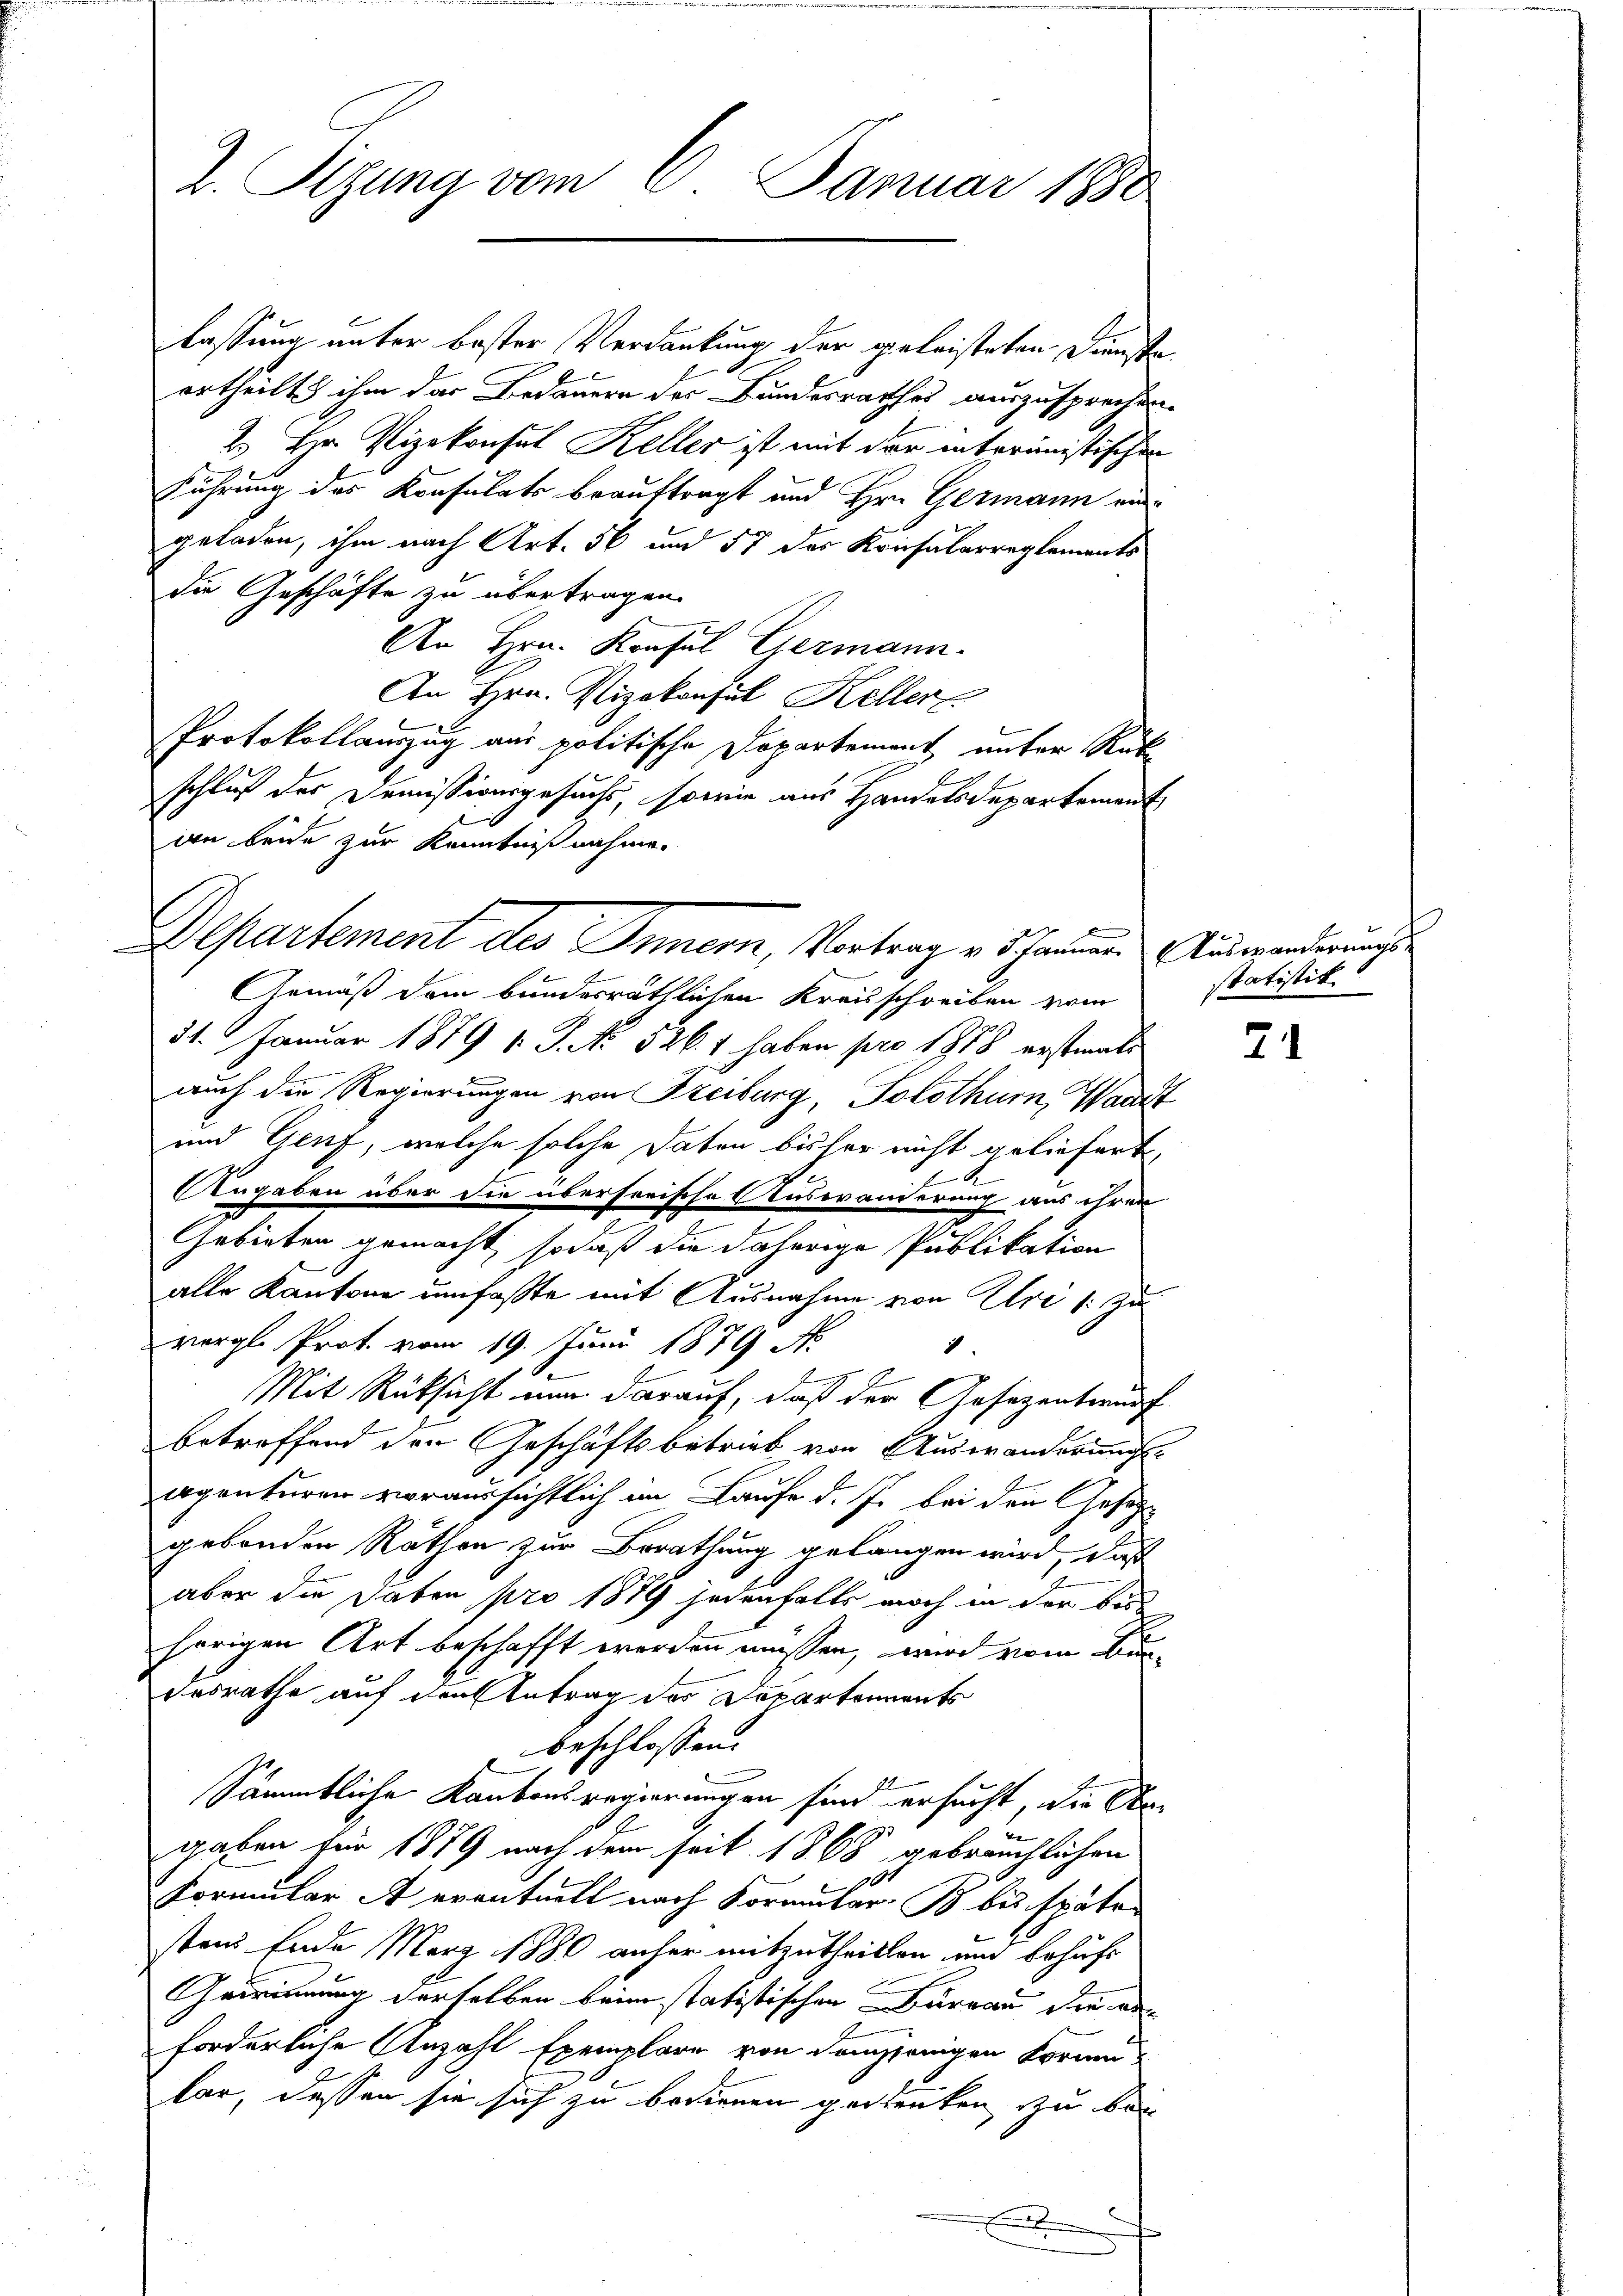
2. Sizung vom 6. Januar 1890

lassung unter bester Verdankung der geleisteten Dienste
ertheilt ihm das Bedauern der Bundesrathes auszusprechen.
2.) Hr. Vizekonsul Keller ist mit der interinistischen
Führung des Konsulats beauftragt und Hrn. Germann ein
geladen, ihm nach Art. 56 und 57 des Kriesalarreglements
die Geschäfte zu übertragen.
An Hrn. Konsul Germann.
An Hrn. Vizekonsul Kellerl
Protokollauszug aus politische Departement, unter Rück
schluß der Demissionsgesuchs, sowie aus Handelsdepartement
an beide zur Kenntnißnahme.
Gemäß dem bundesräthlichen Kreisschreiben vom
31. Januar 1879 v. P. No 526. 1. haben pro 1858 erstinati
auch die Regierungen von Freiburg, Solothurn, Waadt
und Genf, welche solche Daten bisher nicht geliefert,
A
Angaben über die übersorische Auswanderung aus ihren
2
Gebieten gemacht, sodaß die daherige Publikation
alle Kantone umfaßte mit Ausnahme von Uri (: zu
vergl. Prot. vom 19. Juni 1879 N
9.
n
Mit Rüksicht nun darauf, daß der Gesezentwurf
betreffend der Geschäftsbetrieb von Auswanderungs-
apenturen voraussichtlich im Laufe d. J. bei den Gesetzgebonden Räthen zur Berathung gelangen wird, daß
aber die daben pro 1879 jedenfalls noch in der bese
hörigen Art beschafft werden müssen, wird vom Bun-
desrathe auf den Antrag der Departements
beschlossen:
Sämmtliche Kantonsregierungen sind ersucht, die Stagaben für 1879 nach dem seit 1868 gebräuchlichen
Formular A eventuell nach Formular-B bis später
stens Ende März 1880 anher mitzutheilten und behufs
Geirinung derselben beim statistischen Bureau die anforderliche Anzahl Exemplare von demjenigen Forme
lar, dessen sie sich zu bedienen gestenten zu bee
x

Departement des Innern, Vortrag v. Schauer Auswanderend

statistik

7